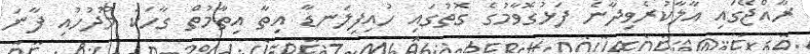
ރާއްޖޭގައި އާލާކުރެވިދާނެ ފަޅުގޮވާމުގެ ގޮތުގައި ހުއިފިލަނޑާ އިތާ އިތާމުތް ގާހަކަ މޫދުހުއި ފާނަ